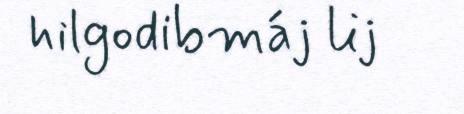
hilgodibmáj lij